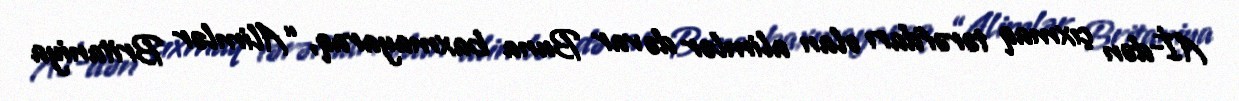
Aİ-dən çıxmaq tərəfdarı olan alimlər də var Buna baxmayaraq, “Alimlər Britaniya